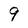
Character: 9